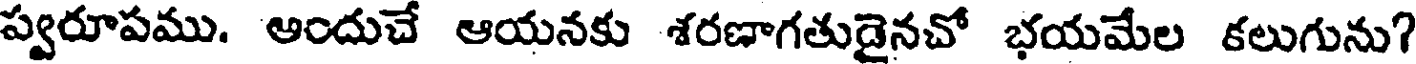
ప్వరూపము. ఆందుచే ఆయనకు శరణాగతుడైనచో భయమేల కలుగును?